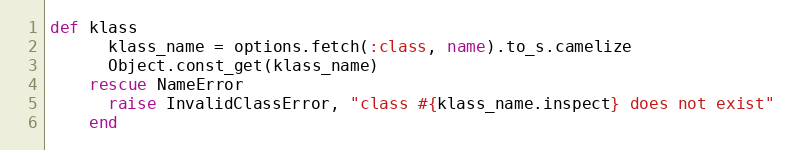
Language: Ruby
def klass
      klass_name = options.fetch(:class, name).to_s.camelize
      Object.const_get(klass_name)
    rescue NameError
      raise InvalidClassError, "class #{klass_name.inspect} does not exist"
    end